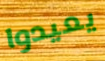
يعيدوا